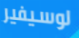
لوسيفير